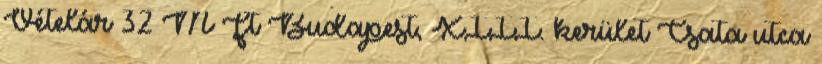
Vételár 32 M Ft Budapest, XIII. kerület Csata utca